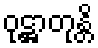
ဝုဋ္ဌာတုန္တိ